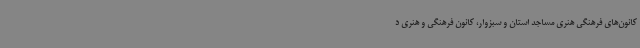
کانون‌های فرهنگی هنری مساجد استان و سبزوار، کانون فرهنگی و هنری د